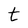
Character: t